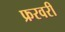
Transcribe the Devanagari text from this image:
फ्ररवरी